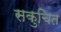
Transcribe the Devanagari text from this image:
सकुचित